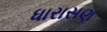
ધારાસણ